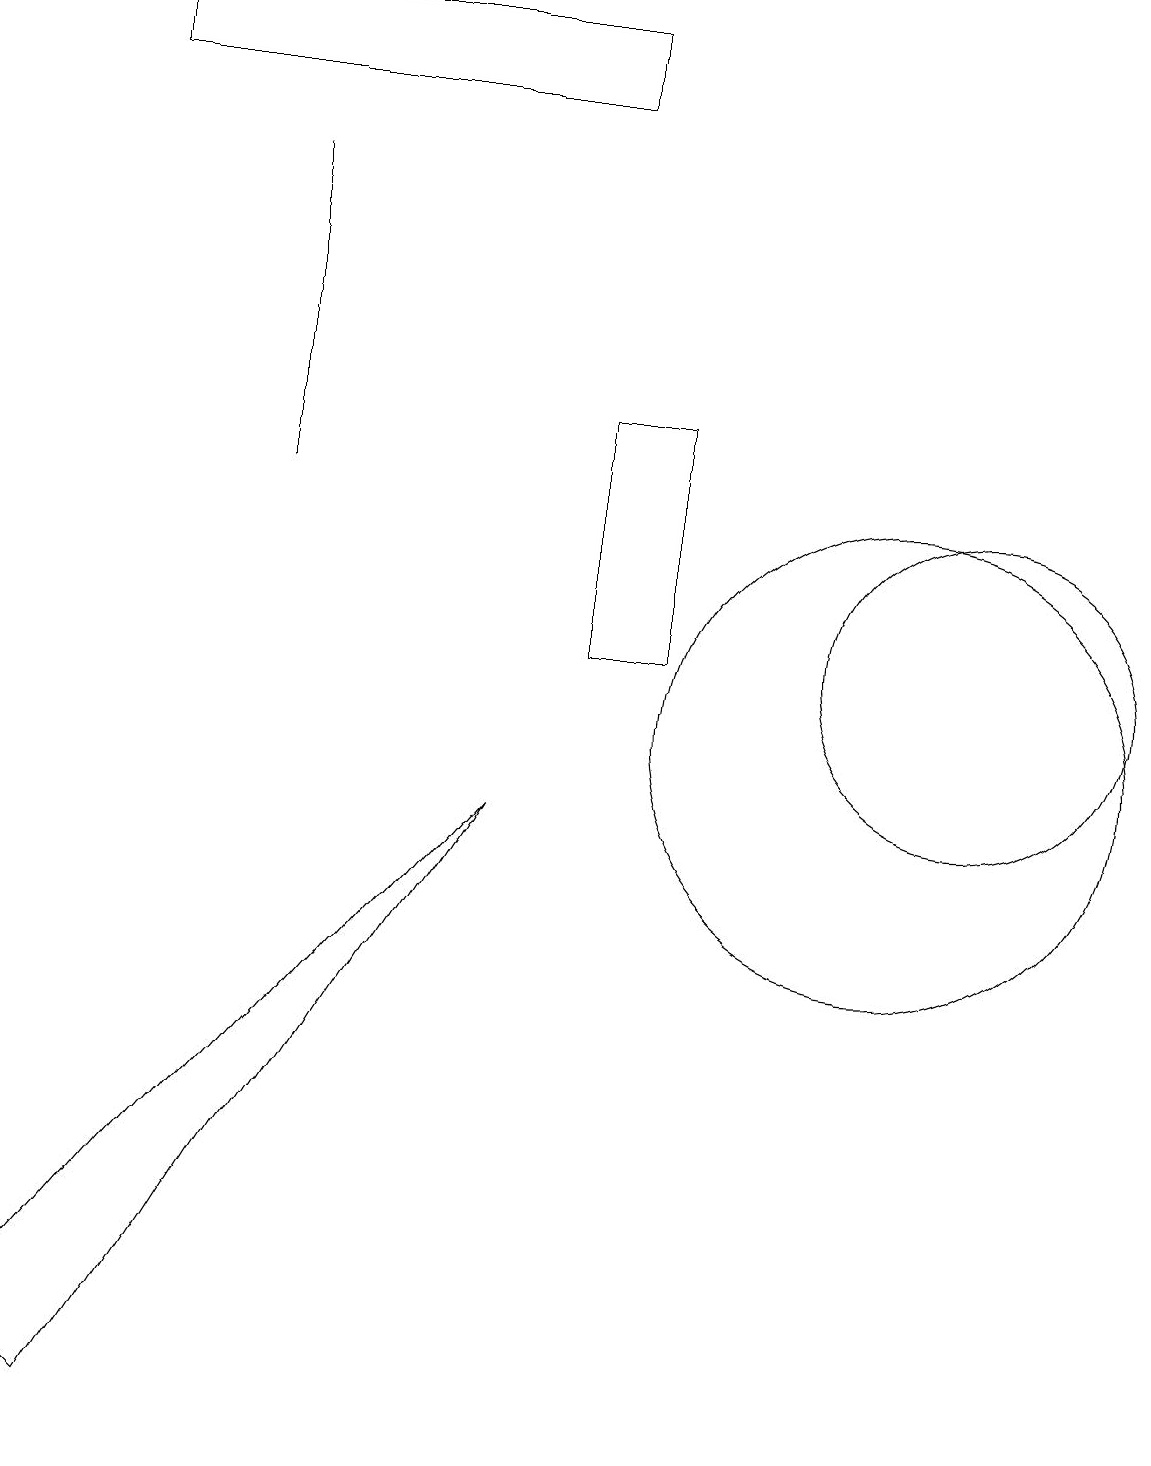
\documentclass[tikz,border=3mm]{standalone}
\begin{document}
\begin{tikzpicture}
\draw (0,2) -- (1,1) -- (6,9) -- cycle;
\draw (3,13) rectangle (3,17);
\draw (8,11) rectangle (7,14);
\draw (7,19) rectangle (1,18);
\draw (12,11) circle (2);
\draw (11,10) circle (3);
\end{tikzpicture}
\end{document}